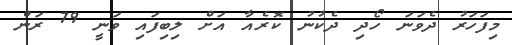
މިފަހަރު ދެވަނަ ހޯދި ދެކުނު ކޮރެއާ އަށް ލިބިފައި ވަނީ 79 ރަން